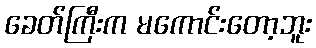
ခေတ်ကြီးက မကောင်းတော့ဘူး